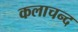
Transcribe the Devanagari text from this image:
कलाचन्द